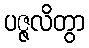
ပဇ္ဇလိတွာ